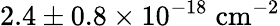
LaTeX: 2.4\pm 0.8\times 10^{-18}\; \mathrm{{cm^{-2}}}